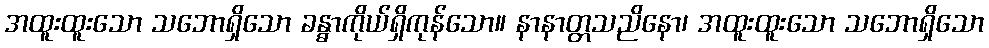
အထူးထူးသော သဘောရှိသော ခန္ဓာကိုယ်ရှိကုန်သော။ နာနာတ္တသညိနော၊ အထူးထူးသော သဘောရှိသော